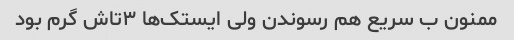
ممنون ب سریع هم رسوندن ولی ایستک‌ها ۳تاش گرم بود